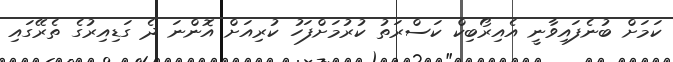
ކަމަށް ބުނެފައިވާނީ އެއިރޯބިކް ކަސްރަތު ކުރުމަށްފަހު ކުރިއަށް އޮންނަ ދެ ގަޑިއިރުގެ ތެރޭގައި